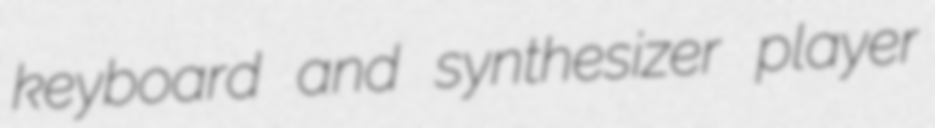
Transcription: keyboard and synthesizer player